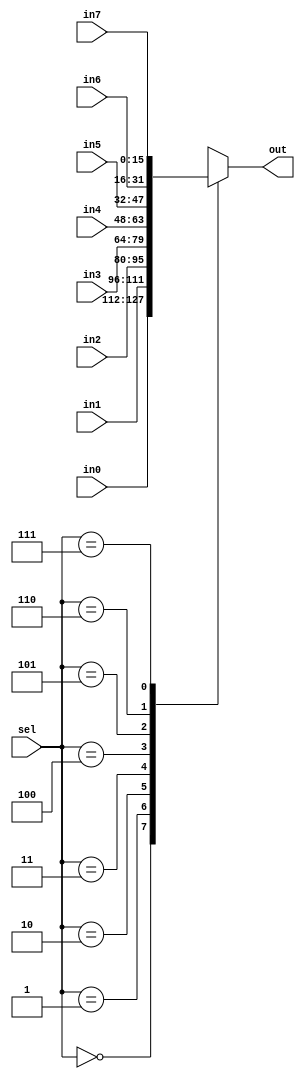
/*
 *  Copyright (c) 2008  Zeus Gomez Marmolejo <zeus@opencores.org>
 *
 *  This file is part of the Zet processor. This processor is free
 *  hardware; you can redistribute it and/or modify it under the terms of
 *  the GNU General Public License as published by the Free Software
 *  Foundation; either version 3, or (at your option) any later version.
 *
 *  Zet is distrubuted in the hope that it will be useful, but WITHOUT
 *  ANY WARRANTY; without even the implied warranty of MERCHANTABILITY
 *  or FITNESS FOR A PARTICULAR PURPOSE. See the GNU General Public
 *  License for more details.
 *
 *  You should have received a copy of the GNU General Public License
 *  along with Zet; see the file COPYING. If not, see
 *  <http://www.gnu.org/licenses/>.
 */

//
// Multiplexor 8:1 de 16 bits d'amplada
//
module mux8_16(sel, in0, in1, in2, in3, in4, in5, in6, in7, out);
  input  [2:0]  sel;
  input  [15:0] in0, in1, in2, in3, in4, in5, in6, in7;
  output [15:0] out;

  reg    [15:0] out;

  always @(sel or in0 or in1 or in2 or in3 or in4 or in5 or in6 or in7)
    case(sel)
     3'd0:  out = in0;
     3'd1:  out = in1;
     3'd2:  out = in2;
     3'd3:  out = in3;
     3'd4:  out = in4;
     3'd5:  out = in5;
     3'd6:  out = in6;
     3'd7:  out = in7;
    endcase
endmodule


//
// Multiplexor 8:1 de 8 bits d'amplada
//
/*
module mux8_8(sel, in0, in1, in2, in3, in4, in5, in6, in7, out);
  input  [2:0]  sel;
  input  [7:0] in0, in1, in2, in3, in4, in5, in6, in7;
  output [7:0] out;

  reg    [7:0] out;

  always @(sel or in0 or in1 or in2 or in3 or in4 or in5 or in6 or in7)
    case(sel)
     3'd0:  out = in0;
     3'd1:  out = in1;
     3'd2:  out = in2;
     3'd3:  out = in3;
     3'd4:  out = in4;
     3'd5:  out = in5;
     3'd6:  out = in6;
     3'd7:  out = in7;
    endcase
endmodule
*/
//
// Multiplexor 8:1 d'1 bit d'amplada
//
module mux8_1(sel, in0, in1, in2, in3, in4, in5, in6, in7, out);
  input  [2:0]  sel;
  input  in0, in1, in2, in3, in4, in5, in6, in7;
  output out;

  reg    out;

  always @(sel or in0 or in1 or in2 or in3 or in4 or in5 or in6 or in7)
    case(sel)
     3'd0:  out = in0;
     3'd1:  out = in1;
     3'd2:  out = in2;
     3'd3:  out = in3;
     3'd4:  out = in4;
     3'd5:  out = in5;
     3'd6:  out = in6;
     3'd7:  out = in7;
    endcase
endmodule

//
// Multiplexor 4:1 de 16 bits d'amplada
//
module mux4_16(sel, in0, in1, in2, in3, out);
  input  [1:0]  sel;
  input  [15:0] in0, in1, in2, in3;
  output [15:0] out;

  reg    [15:0] out;

  always @(sel or in0 or in1 or in2 or in3)
    case(sel)
     2'd0:  out = in0;
     2'd1:  out = in1;
     2'd2:  out = in2;
     2'd3:  out = in3;
    endcase
endmodule

/*
//
// Multiplexor 4:1 de 1 bits d'amplada
//
module mux4_1(sel, in0, in1, in2, in3, out);
  input  [1:0]  sel;
  input  in0, in1, in2, in3;
  output out;

  reg    out;

  always @(sel or in0 or in1 or in2 or in3)
    case(sel)
     2'd0:  out = in0;
     2'd1:  out = in1;
     2'd2:  out = in2;
     2'd3:  out = in3;
    endcase
endmodule

//
// Multiplexor 2:1 de 8 bits d'amplada
//
module mux2_8(sel, in0, in1, out);
  input        sel;
  input  [7:0] in0, in1;
  output [7:0] out;

  reg    [7:0] out;

  always @(sel or in0 or in1)
    case(sel)
     1'd0:  out = in0;
     1'd1:  out = in1;
    endcase
endmodule

//
// Multiplexor 4:1 de 32 bits d'amplada
//

module mux4_32(sel, in0, in1, in2, in3, out);
  input  [1:0]  sel;
  input  [31:0] in0, in1, in2, in3;
  output [31:0] out;

  reg    [31:0] out;

  always @(sel or in0 or in1 or in2 or in3)
    case(sel)
     2'd0:  out = in0;
     2'd1:  out = in1;
     2'd2:  out = in2;
     2'd3:  out = in3;
    endcase
endmodule

//
// Multiplexor 8:1 de 17 bits d'amplada
//
module mux8_17(sel, in0, in1, in2, in3, in4, in5, in6, in7, out);
  input  [2:0]  sel;
  input  [16:0] in0, in1, in2, in3, in4, in5, in6, in7;
  output [16:0] out;

  reg    [16:0] out;

  always @(sel or in0 or in1 or in2 or in3 or in4 or in5 or in6 or in7)
    case(sel)
     3'd0:  out = in0;
     3'd1:  out = in1;
     3'd2:  out = in2;
     3'd3:  out = in3;
     3'd4:  out = in4;
     3'd5:  out = in5;
     3'd6:  out = in6;
     3'd7:  out = in7;
    endcase
endmodule
*/

/*
//
// 1 bit cell divider by 10
//
module div10b1 (
    input  [3:0] c,
    input        a,
    output       q,
    output [3:0] r
  );

  // Continuous assignments
  assign r = { c[3]&c[0] | c[2]&~c[1]&~c[0],
               ~c[2]&c[1] | c[1]&c[0] | c[3]&~c[0],
               c[3]&~c[0] | c[2]&c[1]&~c[0] | ~c[3]&~c[2]&~c[0],
               a };
  assign q = c[3] | c[2]&c[1] | c[2]&c[0];
endmodule

//
// 8 bit divider by 10
//
module div10b8 (
    input  [7:0] a,
    output [4:0] q,
    output [3:0] r
  );

  // Net declarations
  wire [3:0] c10, c21, c32, c43;

  // Module instantiations
  div10b1 bit4 (
    .c ({1'b0, a[7:5]}),
    .a (a[4]),
    .q (q[4]),
    .r (c43)
  );

  div10b1 bit3 (
    .c (c43),
    .a (a[3]),
    .q (q[3]),
    .r (c32)
  );

  div10b1 bit2 (
    .c (c32),
    .a (a[2]),
    .q (q[2]),
    .r (c21)
  );

  div10b1 bit1 (
    .c (c21),
    .a (a[1]),
    .q (q[1]),
    .r (c10)
  );

  div10b1 bit0 (
    .c (c10),
    .a (a[0]),
    .q (q[0]),
    .r (r)
  );
*/

module fulladd16 (
    input  [15:0] x,
    input  [15:0] y,
    input         ci,
    output        co,
    output [15:0] z,
    input         s
  );

  // Continuous assignments
  assign {co,z} = {1'b0, x} + {s, y} + ci;
endmodule